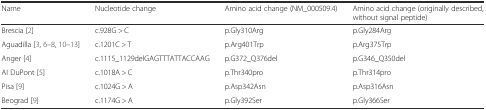
<table><thead><tr><td><b>Name</b></td><td><b>Nucleotide change</b></td><td><b>Amino acid change (NM_000509.4)</b></td><td><b>Amino acid change (originally described, without signal peptide)</b></td></tr></thead><tbody><tr><td>Brescia [2]</td><td>c.928G &gt; C</td><td>p.Gly310Arg</td><td>p.Gly284Arg</td></tr><tr><td>Aguadilla [3, 6–8, 10–13]</td><td>c.1201C &gt; T</td><td>p.Arg401Trp</td><td>p.Arg375Trp</td></tr><tr><td>Anger [4]</td><td>c.1115_1129delGAGTTTATTACCAAG</td><td>p.G372_Q376del</td><td>p.G346_Q350del</td></tr><tr><td>AI DuPont [5]</td><td>c.1018A &gt; C</td><td>p.Thr340pro</td><td>p.Thr314pro</td></tr><tr><td>Pisa [9]</td><td>c.1024G &gt; A</td><td>p.Asp342Asn</td><td>p.Asp316Asn</td></tr><tr><td>Beograd [9]</td><td>c.1174G &gt; A</td><td>p.Gly392Ser</td><td>p.Gly366Ser</td></tr></tbody></table>